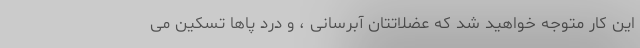
این کار متوجه خواهید شد که عضلاتتان آبرسانی ، و درد پاها تسکین می